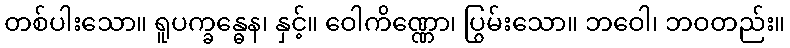
တစ်ပါးသော။ ရူပက္ခန္ဓေန၊ နှင့်။ ဝေါကိဏ္ဏော၊ ပြွမ်းသော။ ဘဝေါ၊ ဘဝတည်း။